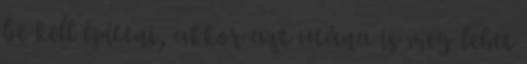
be kell építeni, akkor azt utána is meg lehet